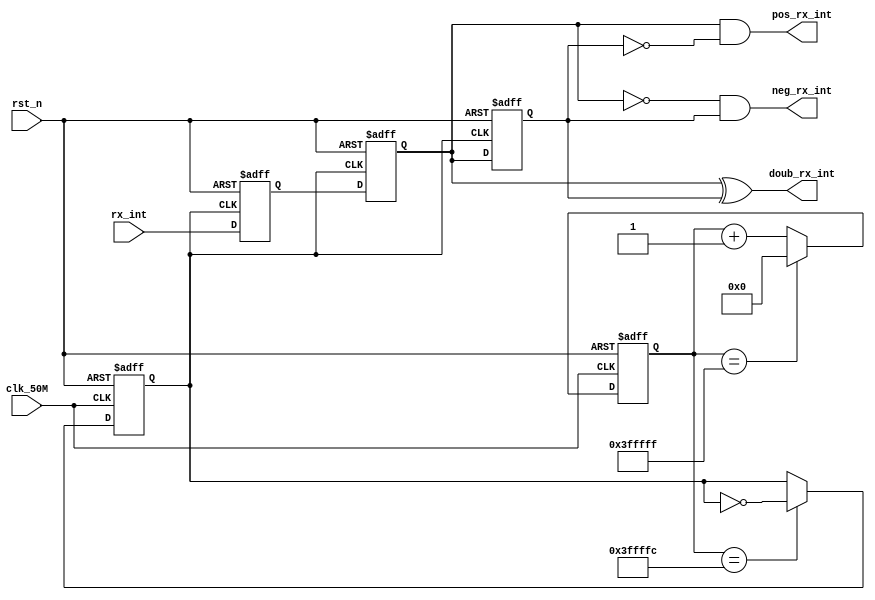
module		edge_detect(
	input					clk_50M,						//
	input					rst_n,							//
	input					rx_int,							//
	output					pos_rx_int,						//
	output					neg_rx_int,						//
	output					doub_rx_int						//
);
reg					clk_r=1'b0;
reg		[21:0]		cnt;
always	@(posedge	clk_50M	or	negedge	rst_n)				//50MHzclk
	if(!rst_n)
			cnt		<=		22'b0;
	else
		if(cnt	==	22'd4194303)
				cnt		<=		22'b0;
		else
				cnt		<=		cnt		+1'b1;
				
//				
always	@(posedge	clk_50M	or	negedge	rst_n)
	if(!rst_n)
		clk_r		<=		1'b0;
	else
		if(cnt	==	22'd4194300)
			clk_r	<=		~clk_r;
		else
			clk_r	<=		clk_r;
			
assign		clk	=	clk_r	;								//50000000/4191304=11.9209Hz
/************************************************************************
9~30
50M10Hz
clk
************************************************************************/

reg		rx_int0,rx_int1,rx_int2;							//
															//
always	@(posedge	clk	or	negedge	rst_n)
	begin
		if(!rst_n)
			begin
				rx_int0		<=		1'b0;
				rx_int1		<=		1'b0;
				rx_int2		<=		1'b0;
			end             
		else                
			begin           
				rx_int0		<=		rx_int;					//0
				rx_int1		<=	    rx_int0;				//01
				rx_int2		<=	    rx_int1;				//12
			end
	end

assign		pos_rx_int	=	rx_int1		&	~rx_int2;		//011
assign		neg_rx_int	=	~rx_int1	&	rx_int2;		//101
assign		doub_rx_int	=	rx_int1		^	rx_int2;		//1

endmodule